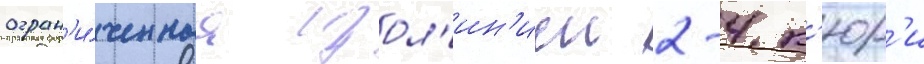
огран'и́ченнаа изол'ин'иеи 2-4 к'юр'и